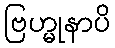
ဗြဟ္မုနာပိ